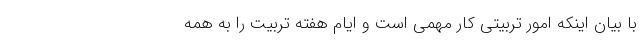
با بیان اینکه امور تربیتی کار مهمی است و ایام هفته تربیت را به همه